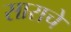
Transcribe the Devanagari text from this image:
साराचे